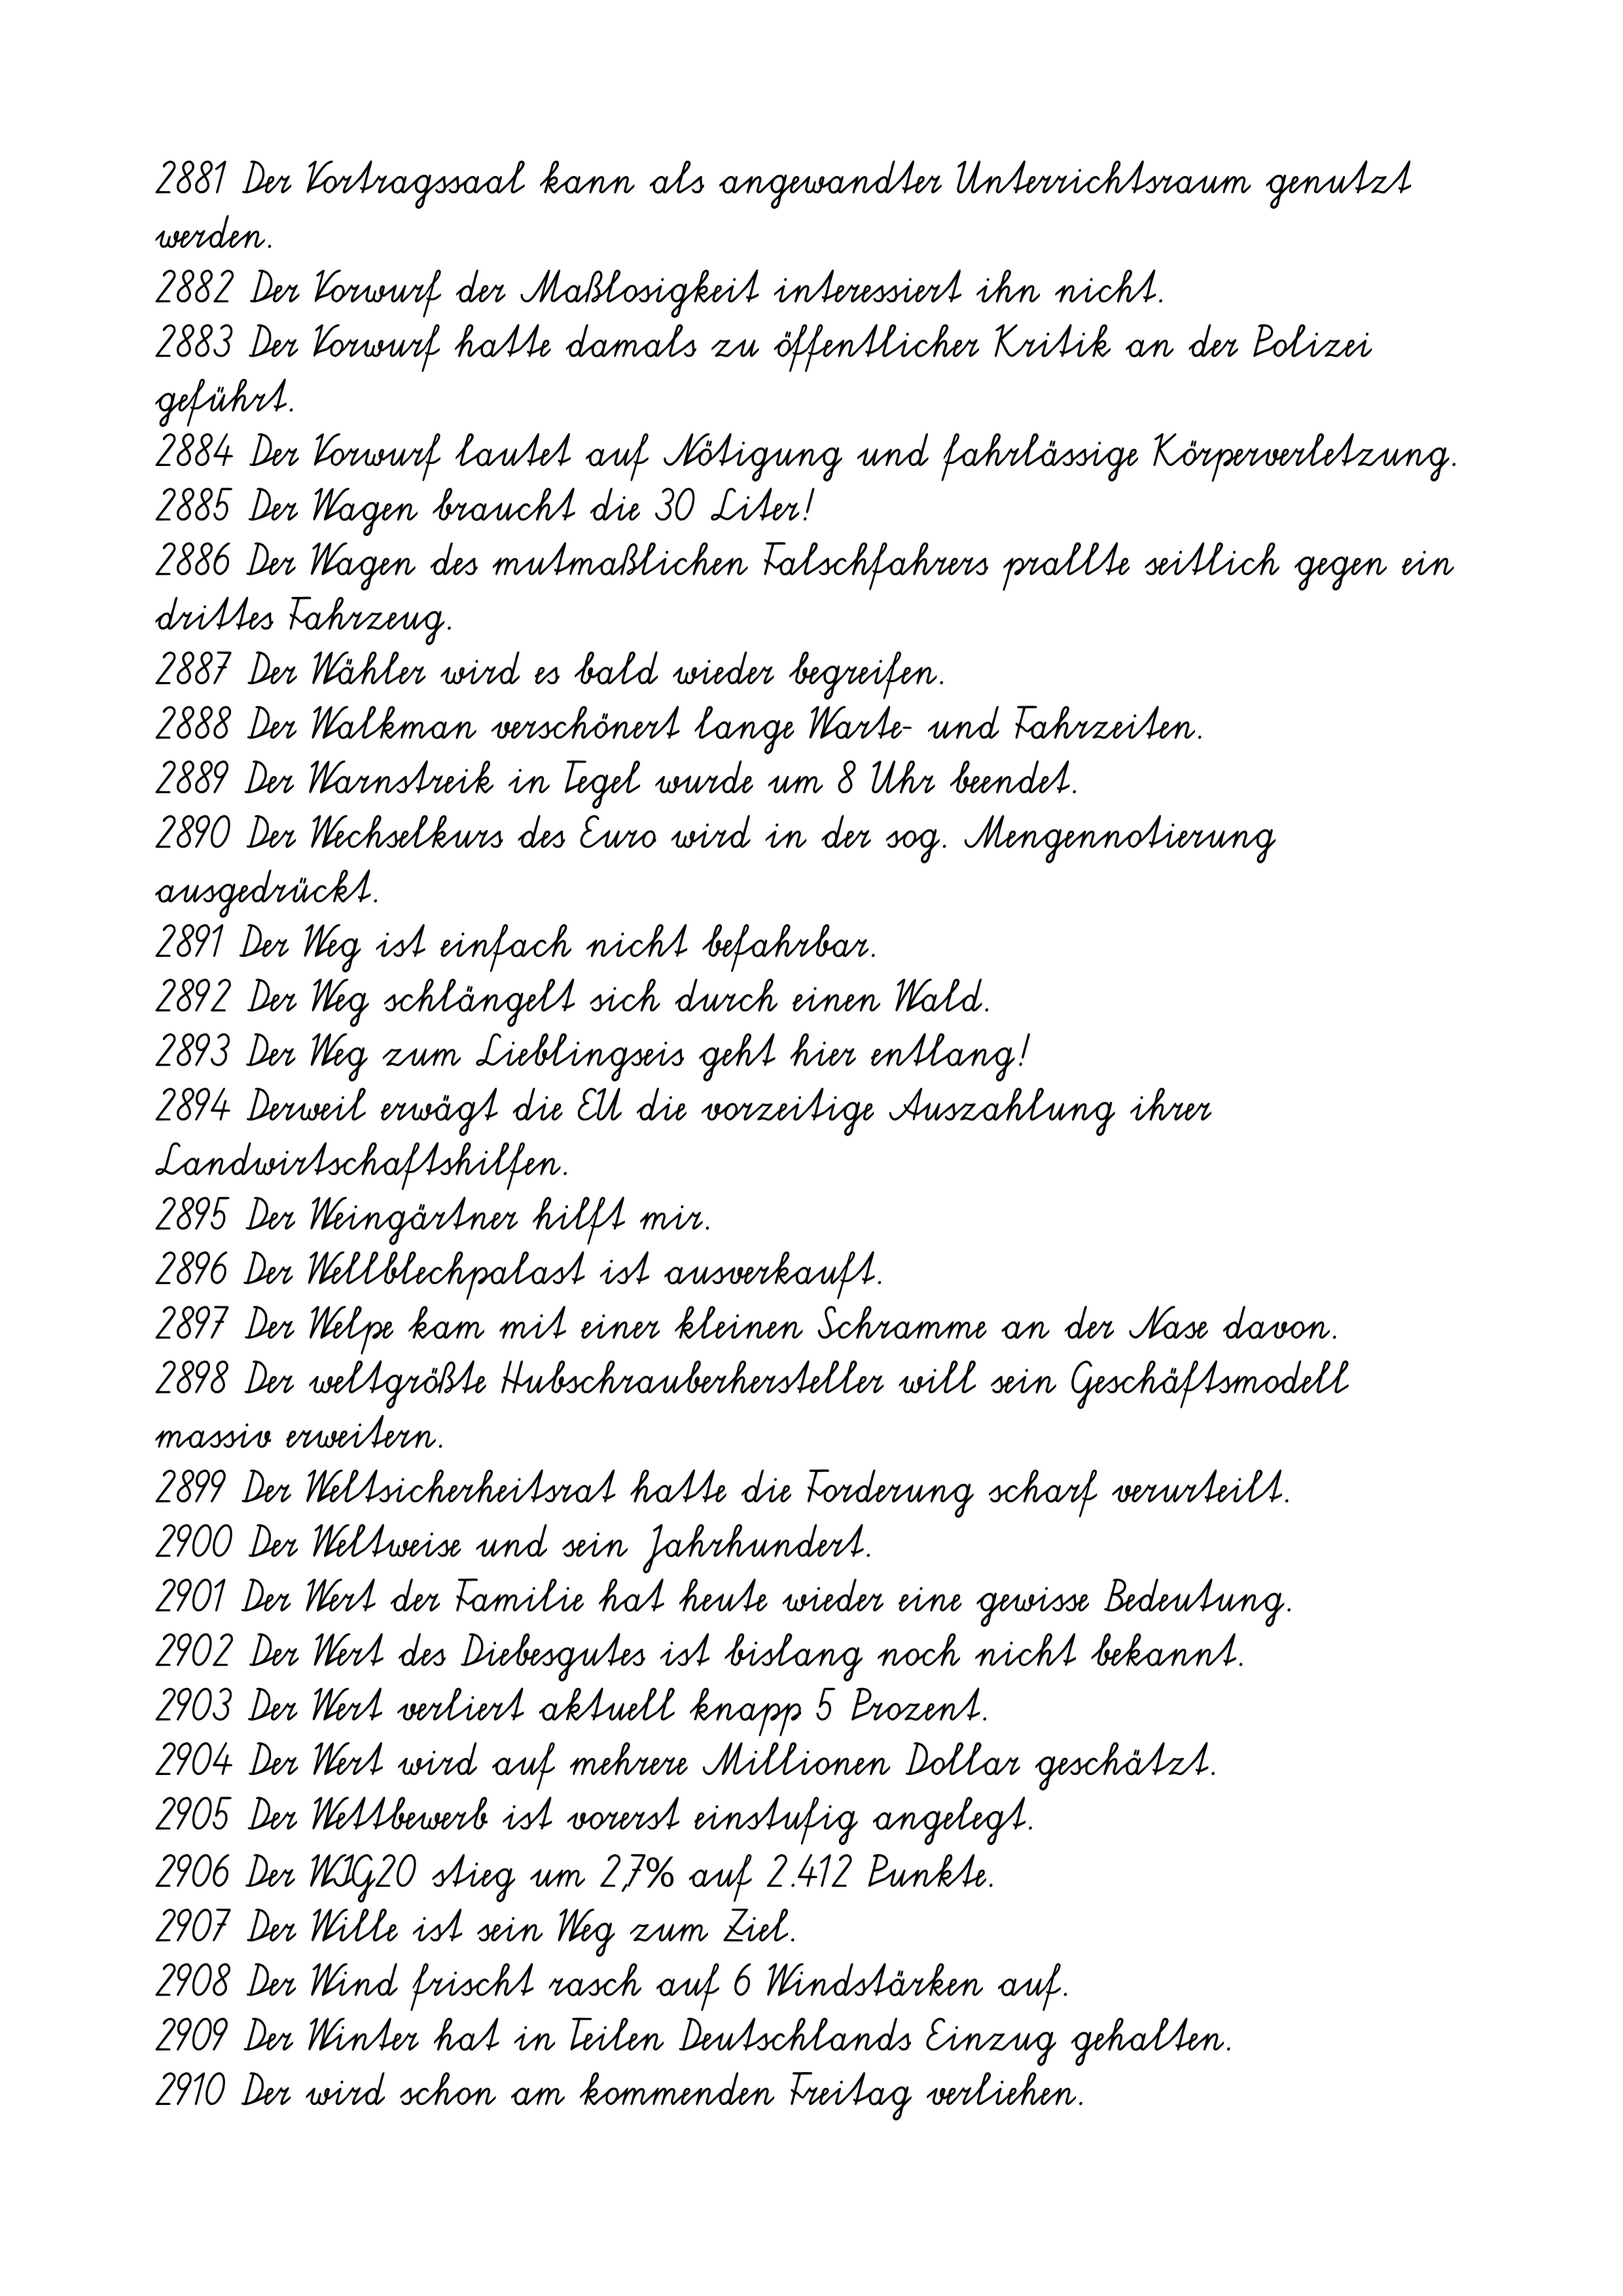
2881 Der Vortragssaal kann als angewandter Unterrichtsraum genutzt
werden.
2882 Der Vorwurf der Maßlosigkeit interessiert ihn nicht.
2883 Der Vorwurf hatte damals zu öffentlicher Kritik an der Polizei
geführt.
2884 Der Vorwurf lautet auf Nötigung und fahrlässige Körperverletzung.
2885 Der Wagen braucht die 30 Liter!
2886 Der Wagen des mutmaßlichen Falschfahrers prallte seitlich gegen ein
drittes Fahrzeug.
2887 Der Wähler wird es bald wieder begreifen.
2888 Der Walkman verschönert lange Warte- und Fahrzeiten.
2889 Der Warnstreik in Tegel wurde um 8 Uhr beendet.
2890 Der Wechselkurs des Euro wird in der sog. Mengennotierung
ausgedrückt.
2891 Der Weg ist einfach nicht befahrbar.
2892 Der Weg schlängelt sich durch einen Wald.
2893 Der Weg zum Lieblingseis geht hier entlang!
2894 Derweil erwägt die EU die vorzeitige Auszahlung ihrer
Landwirtschaftshilfen.
2895 Der Weingärtner hilft mir.
2896 Der Wellblechpalast ist ausverkauft.
2897 Der Welpe kam mit einer kleinen Schramme an der Nase davon.
2898 Der weltgrößte Hubschrauberhersteller will sein Geschäftsmodell
massiv erweitern.
2899 Der Weltsicherheitsrat hatte die Forderung scharf verurteilt.
2900 Der Weltweise und sein Jahrhundert.
2901 Der Wert der Familie hat heute wieder eine gewisse Bedeutung.
2902 Der Wert des Diebesgutes ist bislang noch nicht bekannt.
2903 Der Wert verliert aktuell knapp 5 Prozent.
2904 Der Wert wird auf mehrere Millionen Dollar geschätzt.
2905 Der Wettbewerb ist vorerst einstufig angelegt.
2906 Der WIG20 stieg um 2,7% auf 2.412 Punkte.
2907 Der Wille ist sein Weg zum Ziel.
2908 Der Wind frischt rasch auf 6 Windstärken auf.
2909 Der Winter hat in Teilen Deutschlands Einzug gehalten.
2910 Der wird schon am kommenden Freitag verliehen.